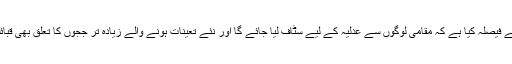
صوبائی حکومت نے فیصلہ کیا ہے کہ مقامی لوگوں سے عدلیہ کے لیے سٹاف لیا جائے گا اور نئے تعینات ہونے والے زیادہ تر ججوں کا تعلق بھی قبائلی اضلاع سے ہے۔